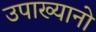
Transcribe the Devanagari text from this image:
उपाख्यानो